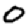
Digit: 0